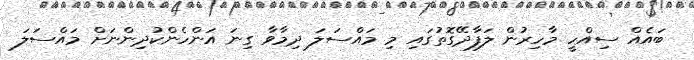
ބައެއް ސިއްހީ މާހިރުން ލަފާދޭގޮތުގައި މި މައްސަލަ ދިމާވާ ގިނަ އަންހެންކުދިންނަށް މައްސަލަ